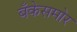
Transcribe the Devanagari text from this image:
बँकेसमोर